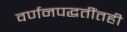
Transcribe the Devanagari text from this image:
वर्णनपद्धतींतही